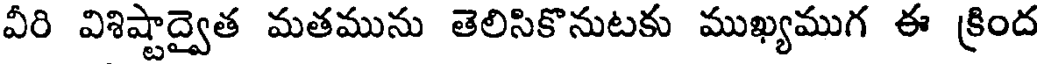
వీరి విశిష్టాద్వైత మతమును తెలిసికొనుటకు ముఖ్యముగ ఈ క్రింద